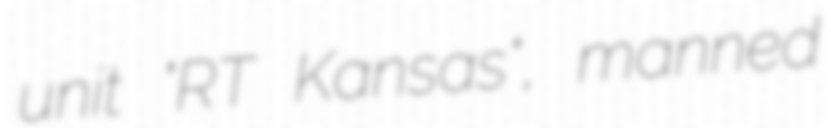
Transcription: unit "RT Kansas", manned